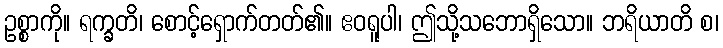
ဥစ္စာကို။ ရက္ခတိ၊ စောင့်ရှောက်တတ်၏။ ဧဝရူပါ၊ ဤသို့သဘောရှိသော။ ဘရိယာတိ စ၊